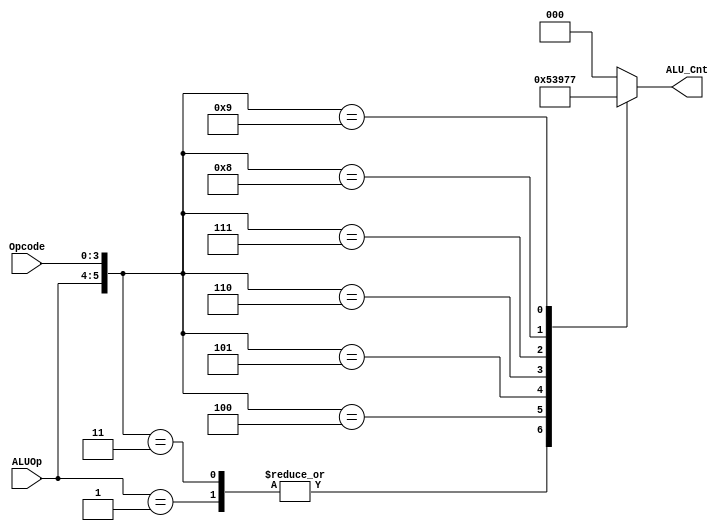
`timescale 1ns / 1ps
//fpga4student.com: FPGA projects, Verilog projects, VHDL projects
// Verilog code for 16-bit RISC processor
// ALU_Control Verilog code
module alu_control( ALU_Cnt, ALUOp, Opcode);
 output reg[2:0] ALU_Cnt;
 input [1:0] ALUOp;
 input [3:0] Opcode;
 wire [5:0] ALUControlIn;
 assign ALUControlIn = {ALUOp,Opcode};
 always @(ALUControlIn)
 casex (ALUControlIn)
   6'b10xxxx: ALU_Cnt=3'b000;
   6'b01xxxx: ALU_Cnt=3'b001;
   6'b000010: ALU_Cnt=3'b000;
   6'b000011: ALU_Cnt=3'b001;
   6'b000100: ALU_Cnt=3'b010;
   6'b000101: ALU_Cnt=3'b011;
   6'b000110: ALU_Cnt=3'b100;
   6'b000111: ALU_Cnt=3'b101;
   6'b001000: ALU_Cnt=3'b110;
   6'b001001: ALU_Cnt=3'b111;
  default: ALU_Cnt=3'b000;
  endcase
endmodule